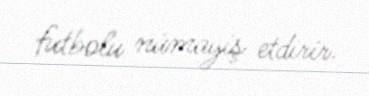
futbolu nümayiş etdirir.